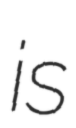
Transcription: is